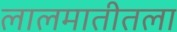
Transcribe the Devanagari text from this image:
लालमातीतला